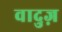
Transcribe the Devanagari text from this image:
वादुज़